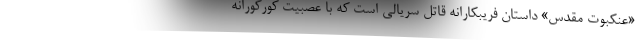
«عنکبوت مقدس» داستان فریبکارانه قاتل سریالی است که با عصبیت کورکورانه